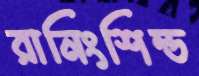
রানিংশিল্ড